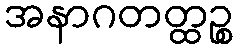
အနာဂတတ္ထဉ္စ